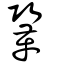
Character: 鞏